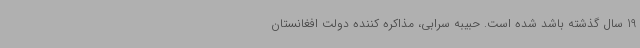
19 سال گذشته باشد شده است. حبیبه سرابی، مذاکره کننده دولت افغانستان